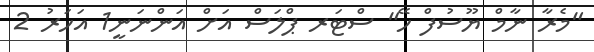
"މެރާ ނާމް ޔޫސުފް ހޭ" ސްޓަރ ޕްލަސް އަށް އަންނަނީ1 އަހަރު 2